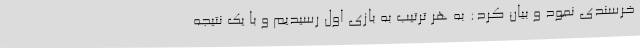
خرسندی نمود و بیان کرد: به هر ترتیب به بازی اول رسیدیم و با یک نتیجه